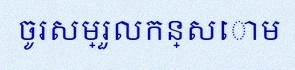
ចូរសម្រួលកន្សោម